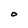
Character: O